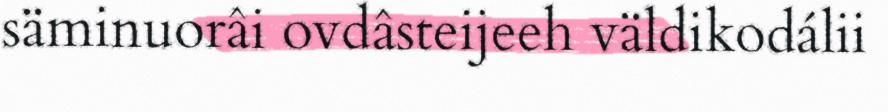
säminuorâi ovdâsteijeeh väldikodálii